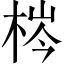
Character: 梣